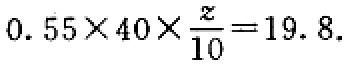
$0.55\times40\times\frac{z}{10}=19.8$